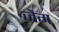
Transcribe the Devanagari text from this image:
जैग